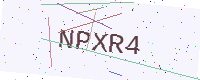
Text: NPXR4